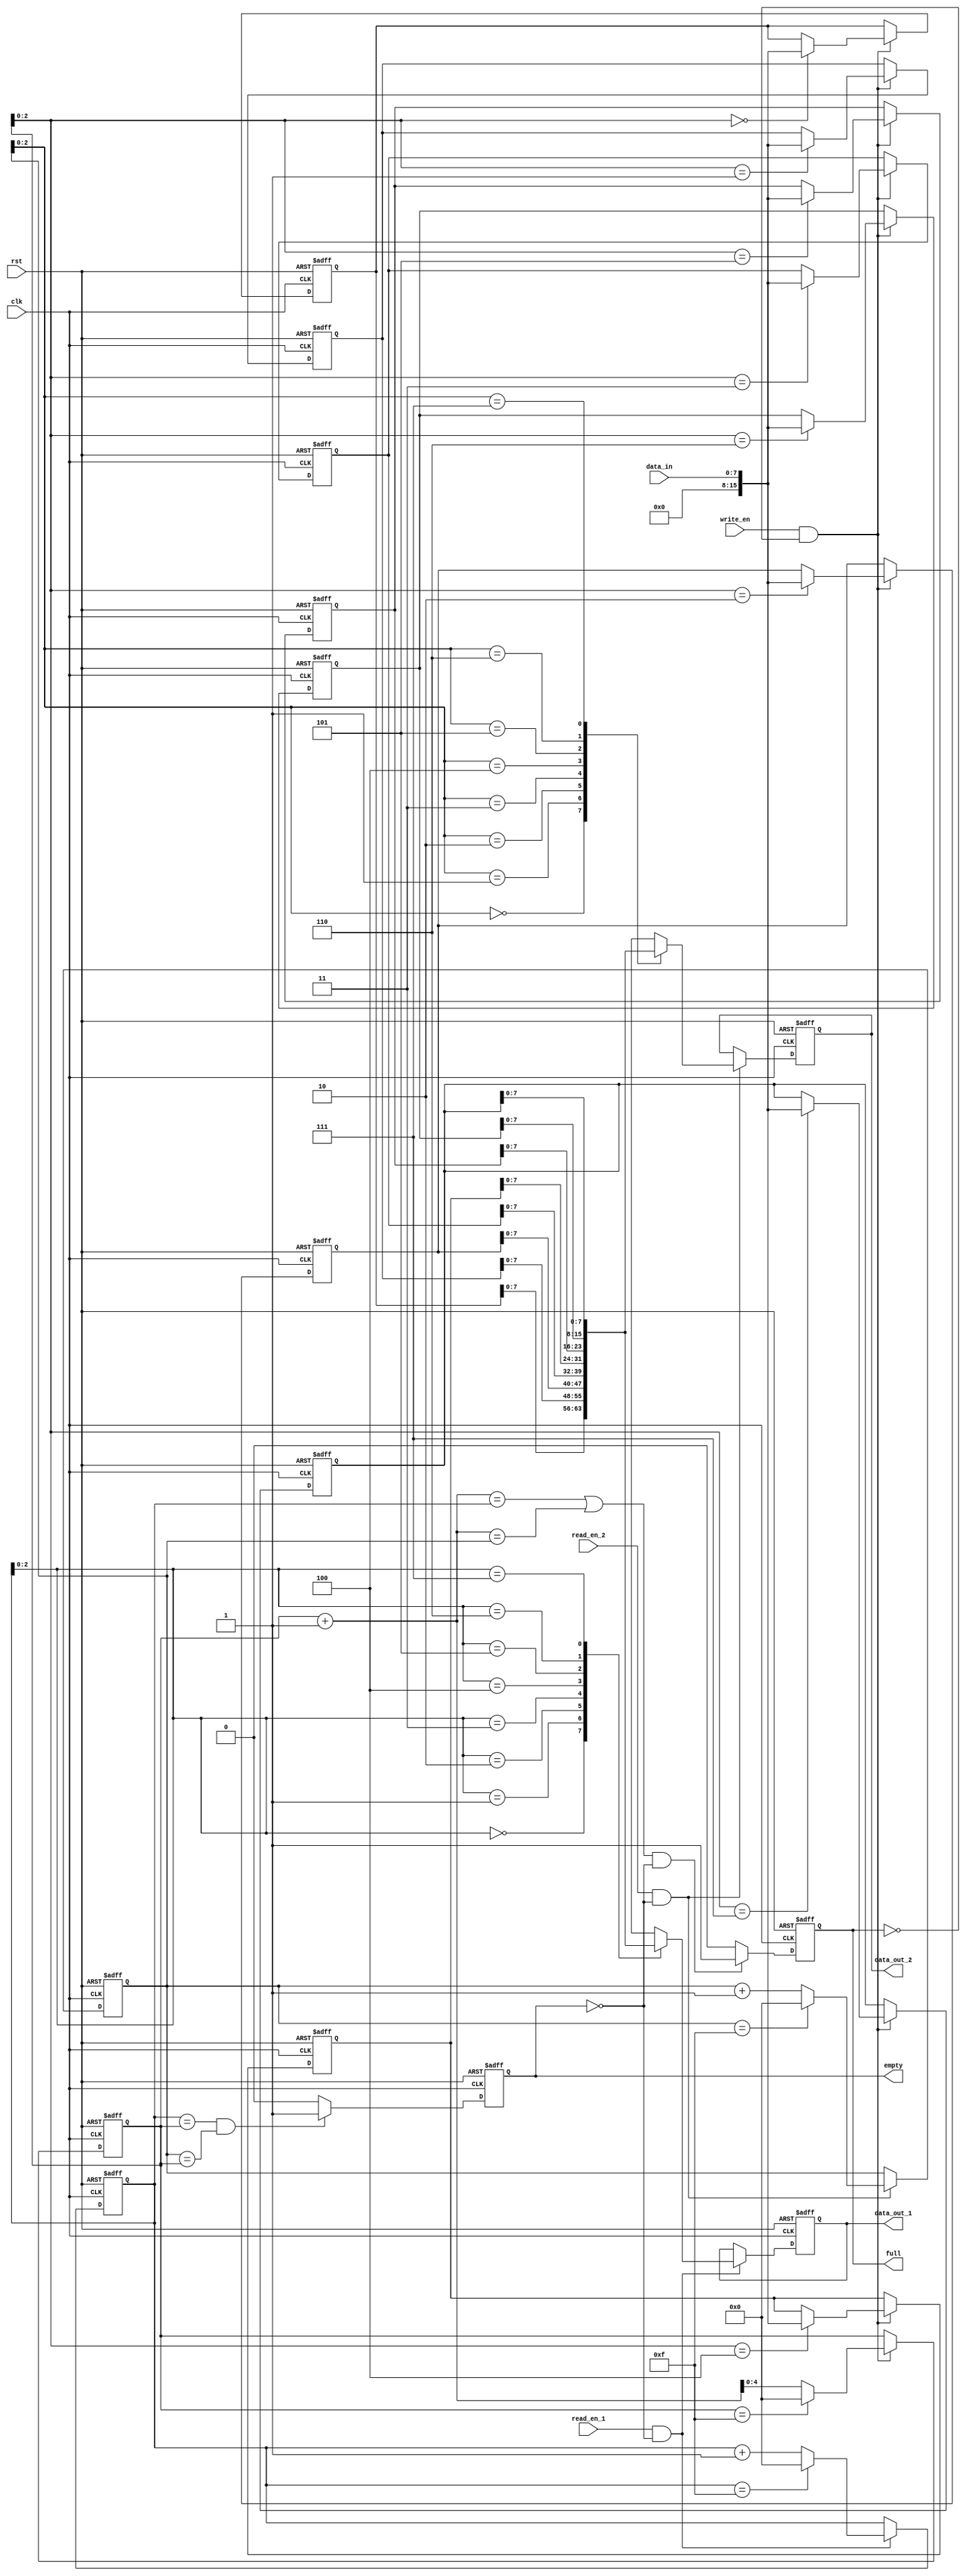
module dual_port_fifo (
    input wire clk,           // Clock input
    input wire rst,           // Reset input
    input wire read_en_1,     // Read enable for port 1
    input wire read_en_2,     // Read enable for port 2
    input wire write_en,      // Write enable
    input wire [DATA_WIDTH-1:0] data_in, // Input data
    output reg [DATA_WIDTH-1:0] data_out_1, // Output data for port 1
    output reg [DATA_WIDTH-1:0] data_out_2, // Output data for port 2
    output reg empty,         // Flag indicating empty FIFO
    output reg full           // Flag indicating full FIFO
);

parameter DEPTH = 16;        // FIFO depth
parameter DATA_WIDTH = 8;    // Data width

reg [DEPTH-1:0] mem [DATA_WIDTH-1:0];

reg [4:0] read_ptr_1;
reg [4:0] read_ptr_2;
reg [4:0] write_ptr;

always @(posedge clk or posedge rst) begin
    if (rst) begin
        read_ptr_1 <= 5'b0;
        read_ptr_2 <= 5'b0;
        write_ptr <= 5'b0;
        empty <= 1'b1;
        full <= 1'b0;
    end else begin
        // Read pointer increment
        if (read_en_1 && !empty) begin
            read_ptr_1 <= (read_ptr_1 == DEPTH-1) ? 5'b0 : read_ptr_1 + 1;
        end
        if (read_en_2 && !empty) begin
            read_ptr_2 <= (read_ptr_2 == DEPTH-1) ? 5'b0 : read_ptr_2 + 1;
        end
        // Write pointer increment
        if (write_en && !full) begin
            write_ptr <= (write_ptr == DEPTH-1) ? 5'b0 : write_ptr + 1;
        end
        // FIFO status update
        empty <= ((read_ptr_1 == write_ptr) && (read_ptr_2 == write_ptr)) ? 1'b1 : 1'b0;
        full <= (((write_ptr + 1 == read_ptr_1) || (write_ptr + 1 == read_ptr_2)) && !empty) ? 1'b1 : 1'b0;
    end
end

// Data read and write logic
integer i;
always @(posedge clk or posedge rst) begin
    if (rst) begin
        for (i = 0; i < DEPTH; i = i + 1) begin
            mem[i] <= 'b0;
        end
        data_out_1 <= 'b0;
        data_out_2 <= 'b0;
    end else begin
        if (read_en_1 && !empty) begin
            data_out_1 <= mem[read_ptr_1];
        end
        if (read_en_2 && !empty) begin
            data_out_2 <= mem[read_ptr_2];
        end
        if (write_en && !full) begin
            mem[write_ptr] <= data_in;
        end
    end
end

endmodule